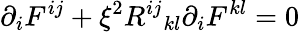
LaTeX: {\partial}_{i}F^{ij}+{\xi}^{2}{R^{ij}}_{kl}{\partial}_{i}F^{kl}=0